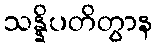
သန္နိပတိတွာန